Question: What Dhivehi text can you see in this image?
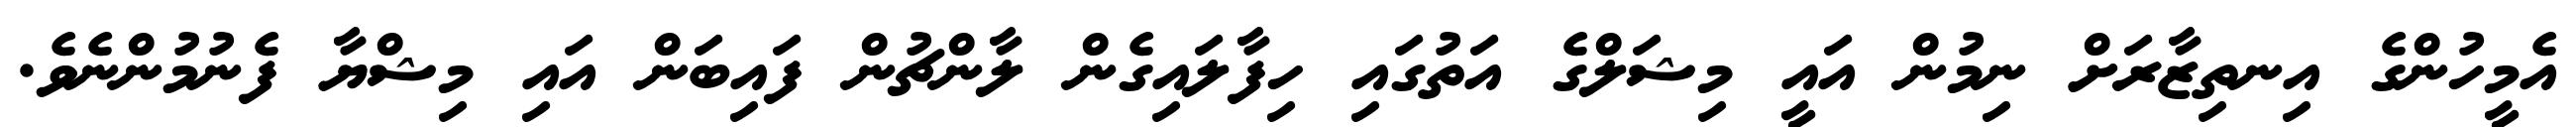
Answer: އެމީހުންގެ އިނތިޒާރަށް ނިމުން އައީ މިޝަލްގެ އަތުގައި ހިފާލައިގެން ލާންޗުން ފައިބަން އައި މިޝްޔާ ފެނުމުންނެވެ.